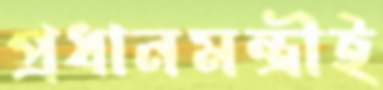
প্রধানমন্ত্রীই